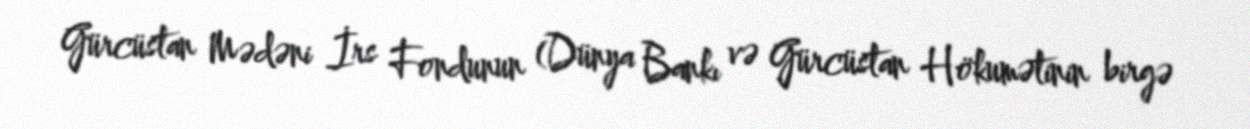
Gürcüstan Mədəni İrs Fondunun (Dünya Bankı və Gürcüstan Hökumətinin birgə